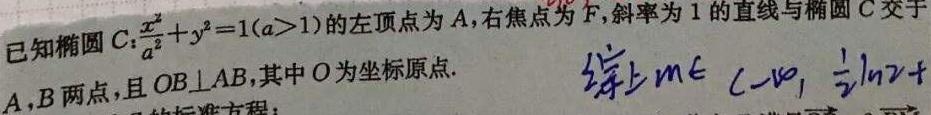
已知椭圆$C:\frac{x^{2}}{a^{2}}+y^{2}=1(a > 1)$的左顶点为$A$，右焦点为$F$，斜率为$1$的直线与椭圆$C$交于$A,B$两点，且$OB\perp AB$，其中$O$为坐标原点.